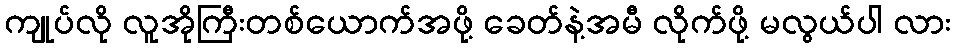
ကျုပ်လို လူအိုကြီးတစ်ယောက်အဖို့ ခေတ်နဲ့အမီ လိုက်ဖို့ မလွယ်ပါ လား